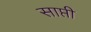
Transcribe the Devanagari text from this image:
साप्ती